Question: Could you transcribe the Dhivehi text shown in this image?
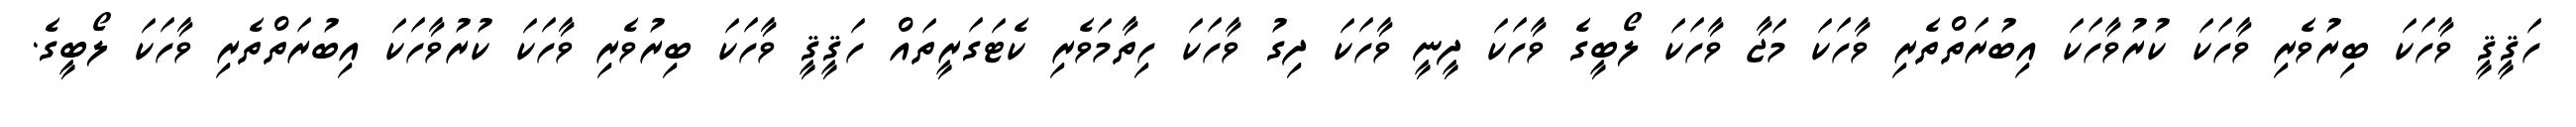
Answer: ހަޤީޤީ ވާހަކަ ބިރުވެރި ވާހަކަ ކުރުވާހަކަ އިބުރަތްތެރި ވާހަކަ މަޖާ ވާހަކަ ލޯބީގެ ވާހަކަ ދީނީ ވާހަކަ ދިގު ވާހަކަ ހިތާމަވެރި ކެޓަގަރީތައް ހަޤީޤީ ވާހަކަ ބިރުވެރި ވާހަކަ ކުރުވާހަކަ އިބުރަތްތެރި ވާހަކަ ލޯބީގެ.